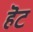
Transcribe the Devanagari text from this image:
हॆट